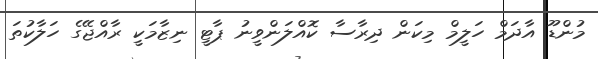
މުންޑޫ އާދަމް ހަލީމް މިކަން ދިރާސާ ކޮއްލަންވީނު ޕާޓީ ނިޒާމަކީ ރާއްޖޭގެ ހަލާކުތަ